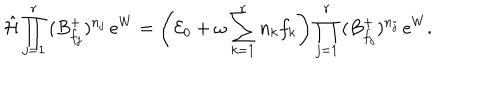
\hat { \cal H } \prod _ { j = 1 } ^ { r } \, ( B _ { f _ { j } } ^ { + } ) ^ { n _ { j } } \, e ^ { W } = \left( { \cal E } _ { 0 } + \omega \sum _ { k = 1 } ^ { r } n _ { k } f _ { k } \right) \prod _ { j = 1 } ^ { r } \, ( B _ { f _ { j } } ^ { + } ) ^ { n _ { j } } \, e ^ { W } .